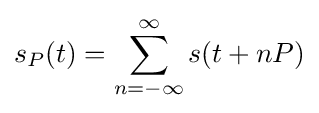
s_{P}(t)=\sum _{n=-\infty }^{\infty }s(t+nP)